Punjab Mental Hospital Lahore 1922-31 - 1922-1931
Year: 1922
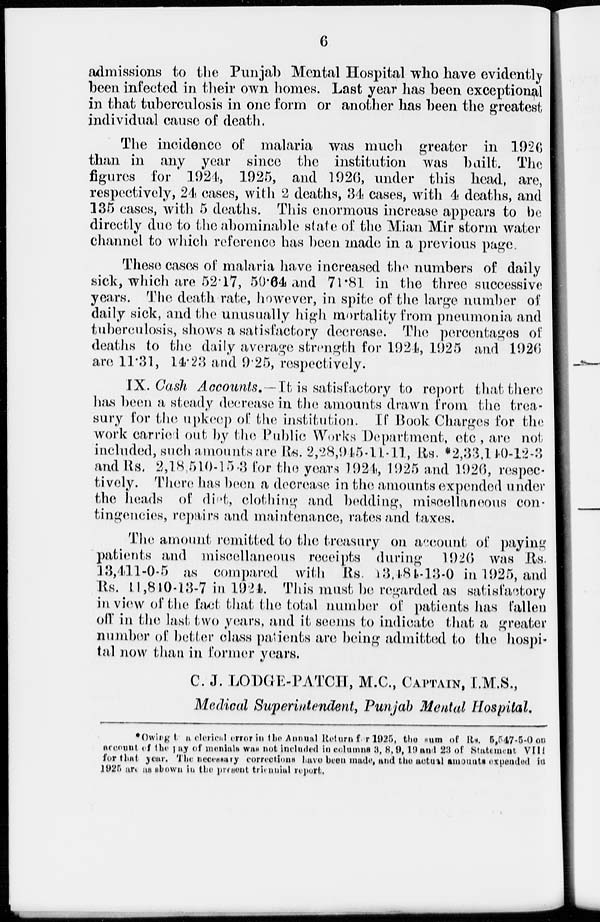
6
admissions to the Punjab Mental Hospital who have evidently
been infected in their own homes. Last year has been exceptional
in that tuberculosis in one form or another has been the greatest
individual cause of death.
The incidence of malaria was much greater in 1926
than in any year since the institution was built. The
figures for 1924, 1925, and 1926, under this head, are,
respectively, 24 cases, with 2 deaths, 34 cases, with 4 deaths, and
135 cases, with 5 deaths. This enormous increase appears to be
directly due to the abominable state of the Mian Mir storm water
channel to which reference has been made in a previous page.
These cases of malaria have increased the numbers of daily
sick, which are 52.17, 50.64 and 71.81 in the three successive
years. The death rate, however, in spite of the large number of
daily sick, and the unusually high mortality from pneumonia and
tuberculosis, shows a satisfactory decrease. The percentages of
deaths to the daily average strength for 1924, 1925 and 1926
are 11.31, 14.23 and 9.25, respectively.
IX. Cash Accounts.—It is satisfactory to report that there
has been a steady decrease in the amounts drawn from the trea-
sury for the upkeep of the institution. If Book Charges for the
work carried out by the Public Works Department, etc , are not
included, such amounts are Rs. 2,28,945-11-11, Rs. *2,33,140-12-3
and Rs. 2,18,510-15-3 for the years 1924, 1925 and 1926, respec-
tively. There has been a decrease in the amounts expended under
the heads of diet, clothing and beddings miscellaneous con-
tingencies, repairs and maintenance, rates and taxes.
The amount remitted to the treasury on account of paying
patients and miscellaneous receipts during 1926 was Rs.
13,411-0-5 as compared with Rs. 13,484-13-0 in 1925, and
Rs. 11,840-13-7 in 1924. This must be regarded as satisfactory
in view of the fact that the total number of patients has fallen
off in the last two years, and it seems to indicate that a greater
number of better class patients are being admitted to the hospi-
tal now than in former years.
C. J. LODGE-PATCH, M.C., CAPTAIN, I.M.S.,
Medical Superintendent, Punjab Mental Hospital.
*Owing to a clerical error in the Annual Return for 1925, the sum of Rs. 5,547-5-0 on
account of the pay of mentals was not included in columns 3, 8,9,19 and 23 of Statement VIII
for that year. The necessary corrections have been made, and the actual amounts expended in
1925 are as shown in the present triennial report.